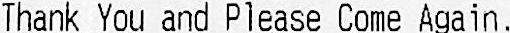
THANK YOU AND PLEASE COME AGAIN.